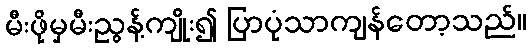
မီးဖိုမှမီးညွန့်ကျိုး၍ ပြာပုံသာကျန်တော့သည်။